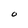
Character: O